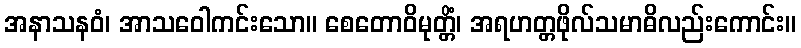
အနာသနဝံ၊ အာသဝေါကင်းသော။ စေတောဝိမုတ္တိံ၊ အရဟတ္တဖိုလ်သမာဓိလည်းကောင်း။